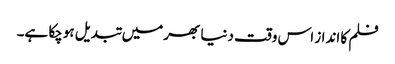
فلم کا انداز اس وقت دنیا بھرمیں تبدیل ہوچکا ہے۔